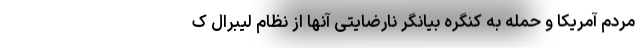
مردم آمریکا و حمله به کنگره بیانگر نارضایتی آنها از نظام لیبرال ک